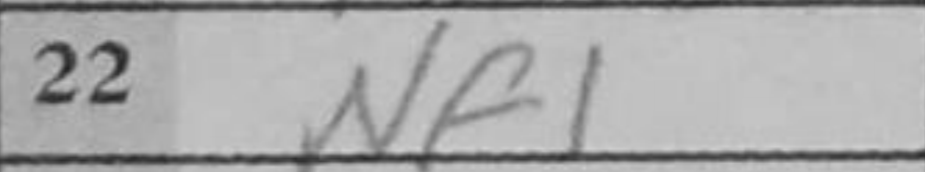
Transcription: Nf1